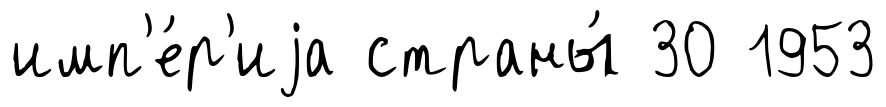
имп'е́р'иjа страны́ 30 1953